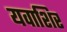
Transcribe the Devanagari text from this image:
यवाशिर